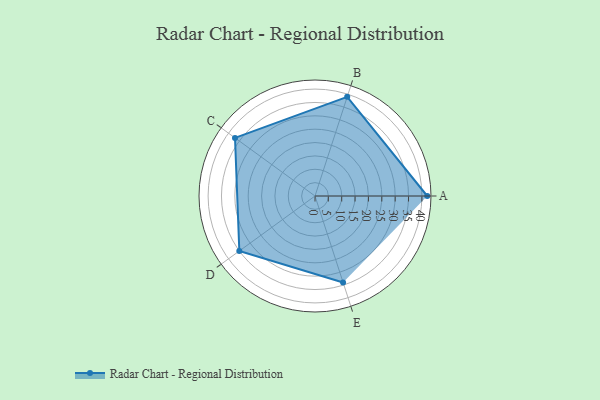
{"axis": {"x": "Skill", "y": "Score"}, "legend": ["Profile"], "data": [{"x": "A", "y": 42.0, "type": "Profile"}, {"x": "B", "y": 39.0, "type": "Profile"}, {"x": "C", "y": 37.0, "type": "Profile"}, {"x": "D", "y": 35.0, "type": "Profile"}, {"x": "E", "y": 34.0, "type": "Profile"}]}